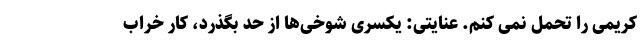
کریمی را تحمل نمی کنم. عنایتی: یکسری شوخی‌ها از حد بگذرد، کار خراب